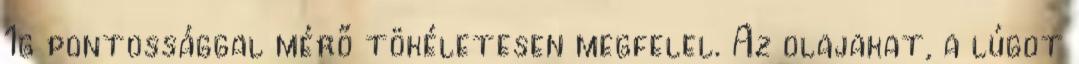
1g pontossággal mérő tökéletesen megfelel. Az olajakat, a lúgot